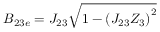
B _ { 2 3 e } = J _ { 2 3 } \sqrt { 1 - \left( J _ { 2 3 } Z _ { 3 } \right) ^ { 2 } }